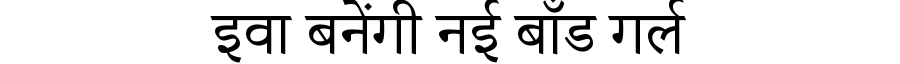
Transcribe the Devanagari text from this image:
इवा बनेंगी नई बॉंड गर्ल